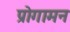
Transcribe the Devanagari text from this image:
प्रोगामन